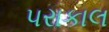
પરાકાલ